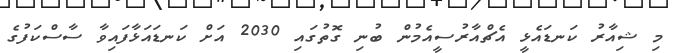
މި ޝިއާރު ކަނޑައެޅީ އެޗްއާރުސީއެމުން ބުނި ގޮތުގައި 2030 އަށް ކަނޑައަޅާފައިވާ ސާސްކަފުގެ